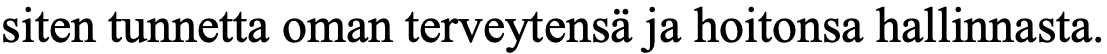
siten tunnetta oman terveytensä ja hoitonsa hallinnasta.